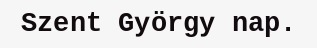
Szent György nap.